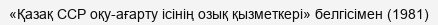
«Қазақ ССР оқу-ағарту ісінің озық қызметкері» белгісімен (1981)